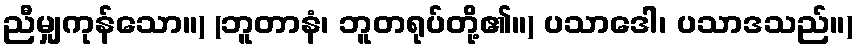
ညီမျှကုန်သော။) (ဘူတာနံ၊ ဘူတရုပ်တို့၏။) ပသာဒေါ၊ ပသာဒသည်။)